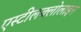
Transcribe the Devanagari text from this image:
एस्टीलक्लोलाइन